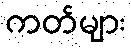
ကတ်များ